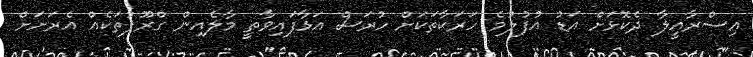
އިސްރާއީލާ ދެކޮޅަށް އަޑު އުފުލުމެ ހަރަކާތަކަށް ހުރަސް އަޅާފައިވާތީ މާލެއިން ގްރޫޕުތަކެއް އެރަށަށް